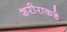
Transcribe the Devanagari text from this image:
शरीराकडे